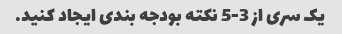
یک سری از 3-5 نکته بودجه بندی ایجاد کنید.